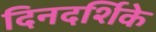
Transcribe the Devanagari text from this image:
दिनदर्शिके